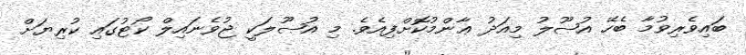
ބައިވެރިވުމާ ބެހޭ އުޞޫލު މިއަދު ޢާންމުކޮށްފިއެވެ. މި އުޞޫލަކީ ޖުވެނައިލް ކޯޓުގައި ކުރިޔަށް